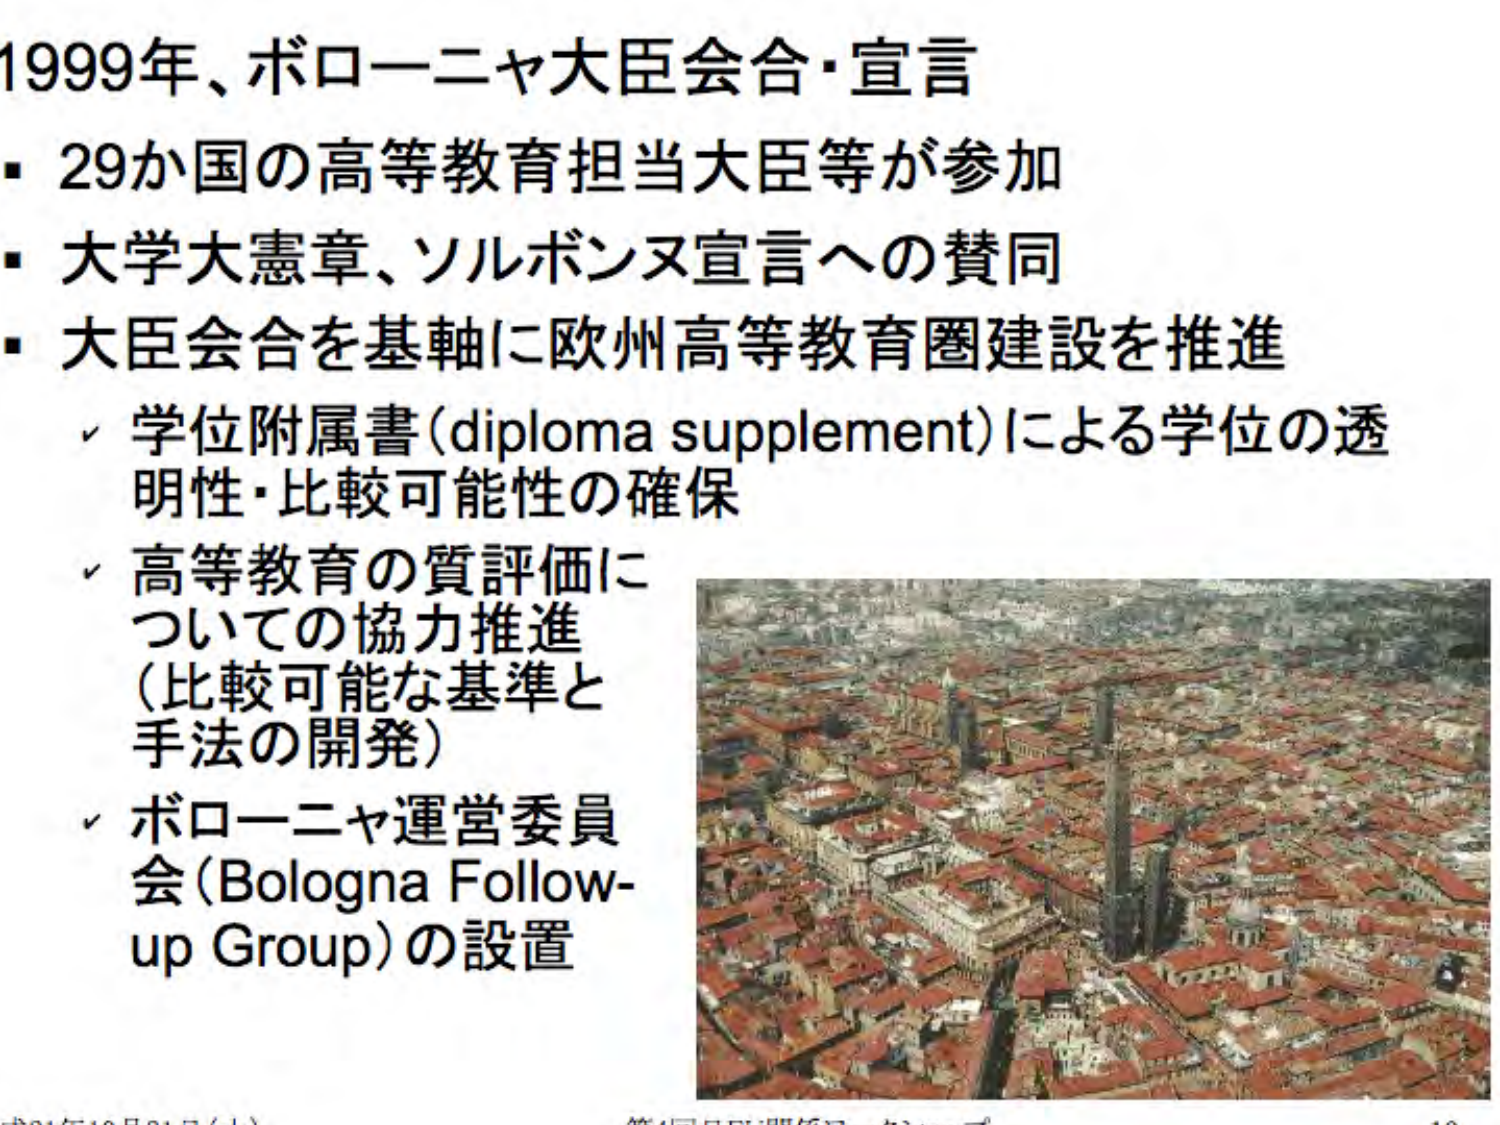
1999年、ボローニャ大臣会合・宣言
・29か国の高等教育担当大臣等が参加
・大学大憲章、ソルボンヌ宣言への賛同
・大臣会合を基軸に欧州高等教育圏建設を推進
　✓ 学位附属書(diploma supplement)による学位の透明性・比較可能性の確保
　✓ 高等教育の質評価についての協力推進（比較可能な基準と手法の開発）
　✓ ボローニャ運営委員会(Bologna Follow-up Group)の設置